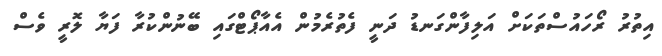
އިތުރު ރޯހައުސްތަކަށް އަލިފާންގަނޑު ދަނީ ފެތުރެމުން އެއާޕޯޓްގައި ބޭނުންކުރާ ފަޔާ ލޮރީ ވެސް